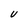
Character: U